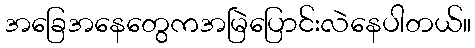
အခြေအနေတွေကအမြဲပြောင်းလဲနေပါတယ်။